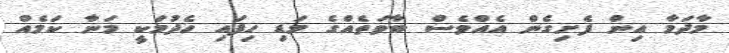
މާދަމާ އިން ފެށިގެން އެއްވެސް ބާވަތެއްގެ މަޑި ހިފައި ހެދުމަކީ މަނާ ކަމެއް